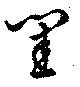
閨